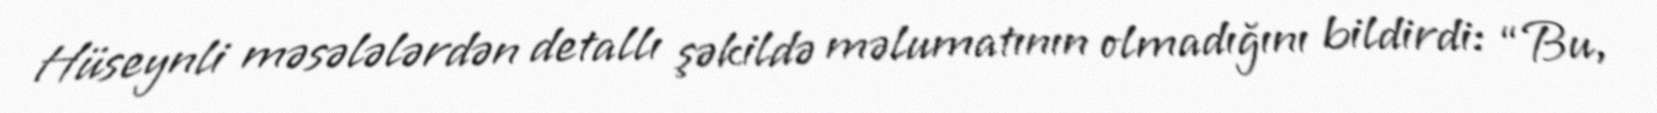
Hüseynli məsələlərdən detallı şəkildə məlumatının olmadığını bildirdi: “Bu,